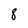
Character: 8